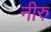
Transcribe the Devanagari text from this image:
नीरु